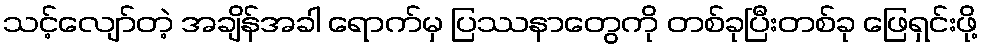
သင့်လျော်တဲ့ အချိန်အခါ ရောက်မှ ပြဿနာတွေကို တစ်ခုပြီးတစ်ခု ဖြေရှင်းဖို့